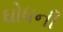
ઘોધની